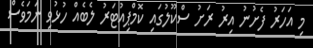
މި އަހަރު ފެށުނު އިރު ރަށު ސްކޫލުގައި ކޮމްޕިއުޓަރު ލެބެއް ހުޅުވި ނަމަވެސް